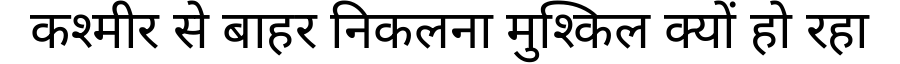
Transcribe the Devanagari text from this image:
कश्मीर से बाहर निकलना मुश्किल क्यों हो रहा